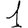
Digit: 1